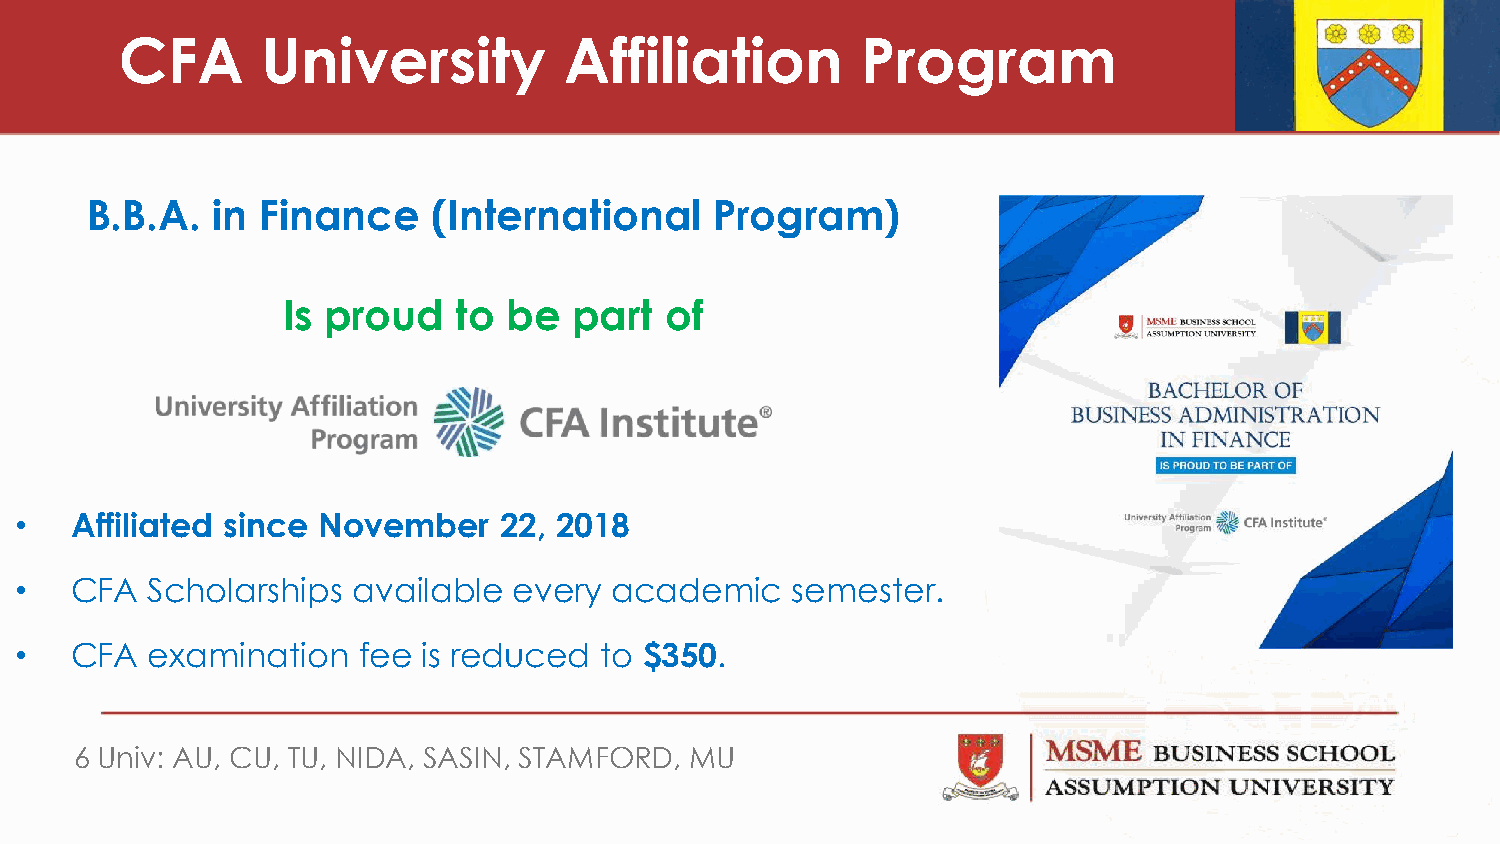
CFA      University          Affiliation         Program
 B.B.A.  in Finance     (International    Program)
 Is proud   to  be  part  of
 •   Affiliated since November   22, 2018
 •   CFA  Scholarships available  every  academic   semester.
 •   CFA  examination   fee is reduced  to $350.
 6 Univ: AU, CU, TU, NIDA, SASIN, STAMFORD, MU